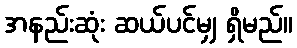
အနည်းဆုံး ဆယ်ပင်မျှ ရှိမည်။